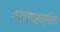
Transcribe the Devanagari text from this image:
ग्रामासन्निध